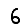
Digit: 6